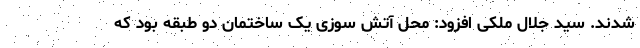
شدند. سید جلال ملکی افزود: محل آتش سوزی یک ساختمان دو طبقه بود که